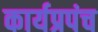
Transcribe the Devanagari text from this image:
कार्यप्रपंच